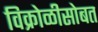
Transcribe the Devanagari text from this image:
विक्रोळीसोबत